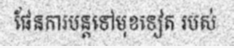
ផែនការបន្តទៅមុខទៀត របស់